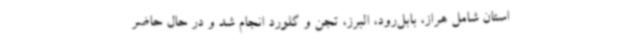
استان شامل هراز، بابل‌رود، البرز، تجن و گلورد انجام شد و در حال حاضر